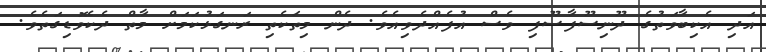
އަދި އެކިބާވަތުގެ ދޫނިސޫފާސޫފި ވެސް އުފެއްދެވިއެވެ. ދެން މިތަކެތި ރަނގަޅުކަމަށް މާތް ދެކެވޮޑިގަތެވެ.